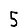
Digit: 5